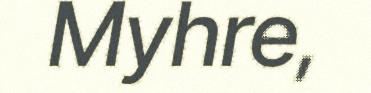
Myhre,